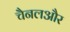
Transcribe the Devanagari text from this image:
चैनलऔर